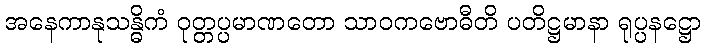
အနေကာနုသန္ဓိကံ ဝုတ္တပ္ပမာဏတော သာဝကဗောဓီတိ ပတိဋ္ဌမာနာ ရုပ္ပနဋ္ဌော